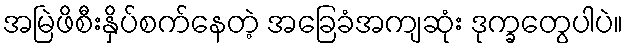
အမြဲဖိစီးနှိပ်စက်နေတဲ့ အခြေခံအကျဆုံး ဒုက္ခတွေပါပဲ။